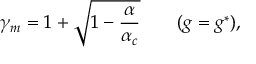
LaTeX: \gamma _ { m } = 1 + \sqrt { 1 - \frac { \alpha } { \alpha _ { c } } } \qquad ( g = g ^ { * } ) ,